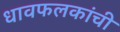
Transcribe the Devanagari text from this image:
धावफलकांची